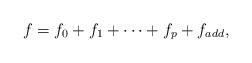
LaTeX: \begin{align*}f = f_0 + f_1 + \dots + f_p + f_{add},\end{align*}